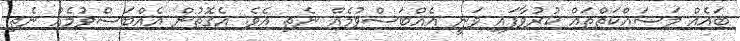
ބައެއް މަސައްކަތްތައް ކުރުވާފައި ވަނީ އެއްބަސްވުމެއް ނެތި އެވެ. އެގޮތުން އެއްބަސްވުމެއް ނެތި